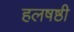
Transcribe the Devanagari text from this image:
हलषष्ठी